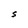
Character: s